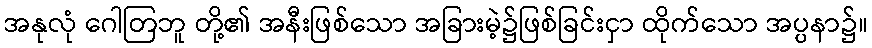
အနုလုံ ဂေါတြဘူ တို့၏ အနီးဖြစ်သော အခြားမဲ့၌ဖြစ်ခြင်းငှာ ထိုက်သော အပ္ပနာ၌။